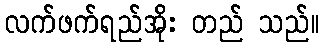
လက်ဖက်ရည်အိုး တည် သည်။